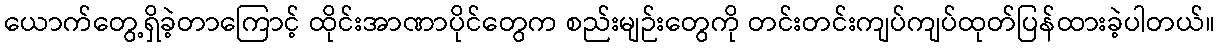
ယောက်တွေ့ရှိခဲ့တာကြောင့် ထိုင်းအာဏာပိုင်တွေက စည်းမျဉ်းတွေကို တင်းတင်းကျပ်ကျပ်ထုတ်ပြန်ထားခဲ့ပါတယ်။